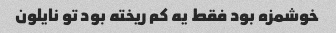
خوشمزه بود فقط یه کم ریخته بود تو نایلون